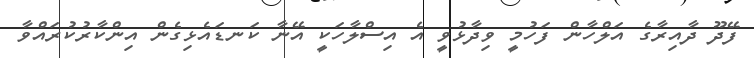
ފޭދޫ ދާއިރާގެ އަލްހާން ފަހުމީ ވިދާޅުވީ އެ އިސްލާހަކީ އޭނާ ކަނޑައެޅިގެން އިންކާރުކުރައްވާ